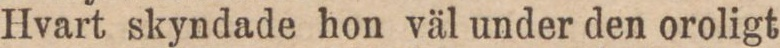
Hvart skyndade hon väl under den oroligt